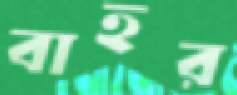
বাহর